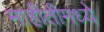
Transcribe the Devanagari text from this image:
माहीतीमध्ये